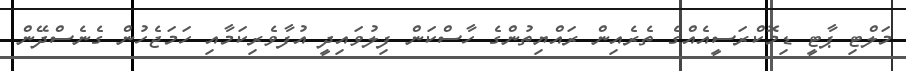
މަލްޓި ޕާޓީ ޑިމޮކްރަސީއެއްގެ ތެރެއިން ރައްޔިތުންގެ ހާސްކަން ފިލުވައިދީ އުފާވެރިކަމާއި ހަމަޖެހުން ގެނެސްދޭން